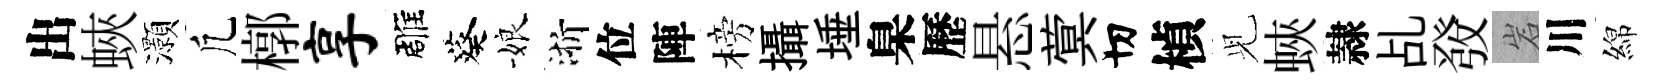
出蛺灝凢槨享雕葵娘浙位陣榜攝埵臬歷悬蓂切楨𫤗蛺隷乩𤼲岩川綿